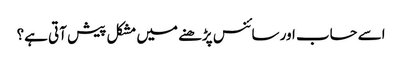
اسے حساب اور سائنس پڑھنے میں مشکل پیش آتی ہے؟